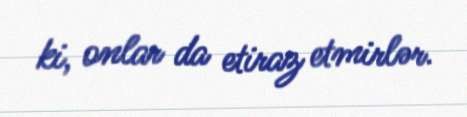
ki, onlar da etiraz etmirlər.